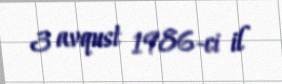
3 avqust 1986-ci il